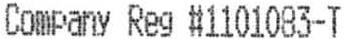
COMPANY REG #1101083-T